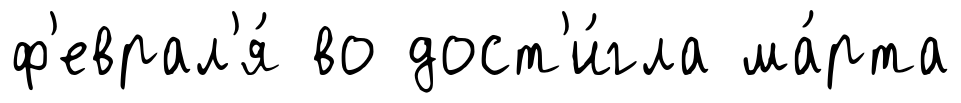
ф'еврал'я́ во дост'и́гла ма́рта